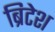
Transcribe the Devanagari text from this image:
ब्रिटेश